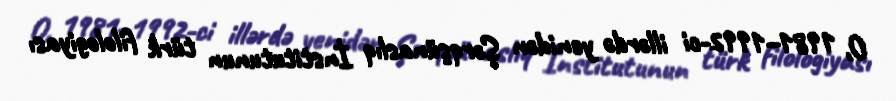
O, 1981–1992-ci illərdə yenidən Şərqşünaslıq İnstitutunun türk filologiyası